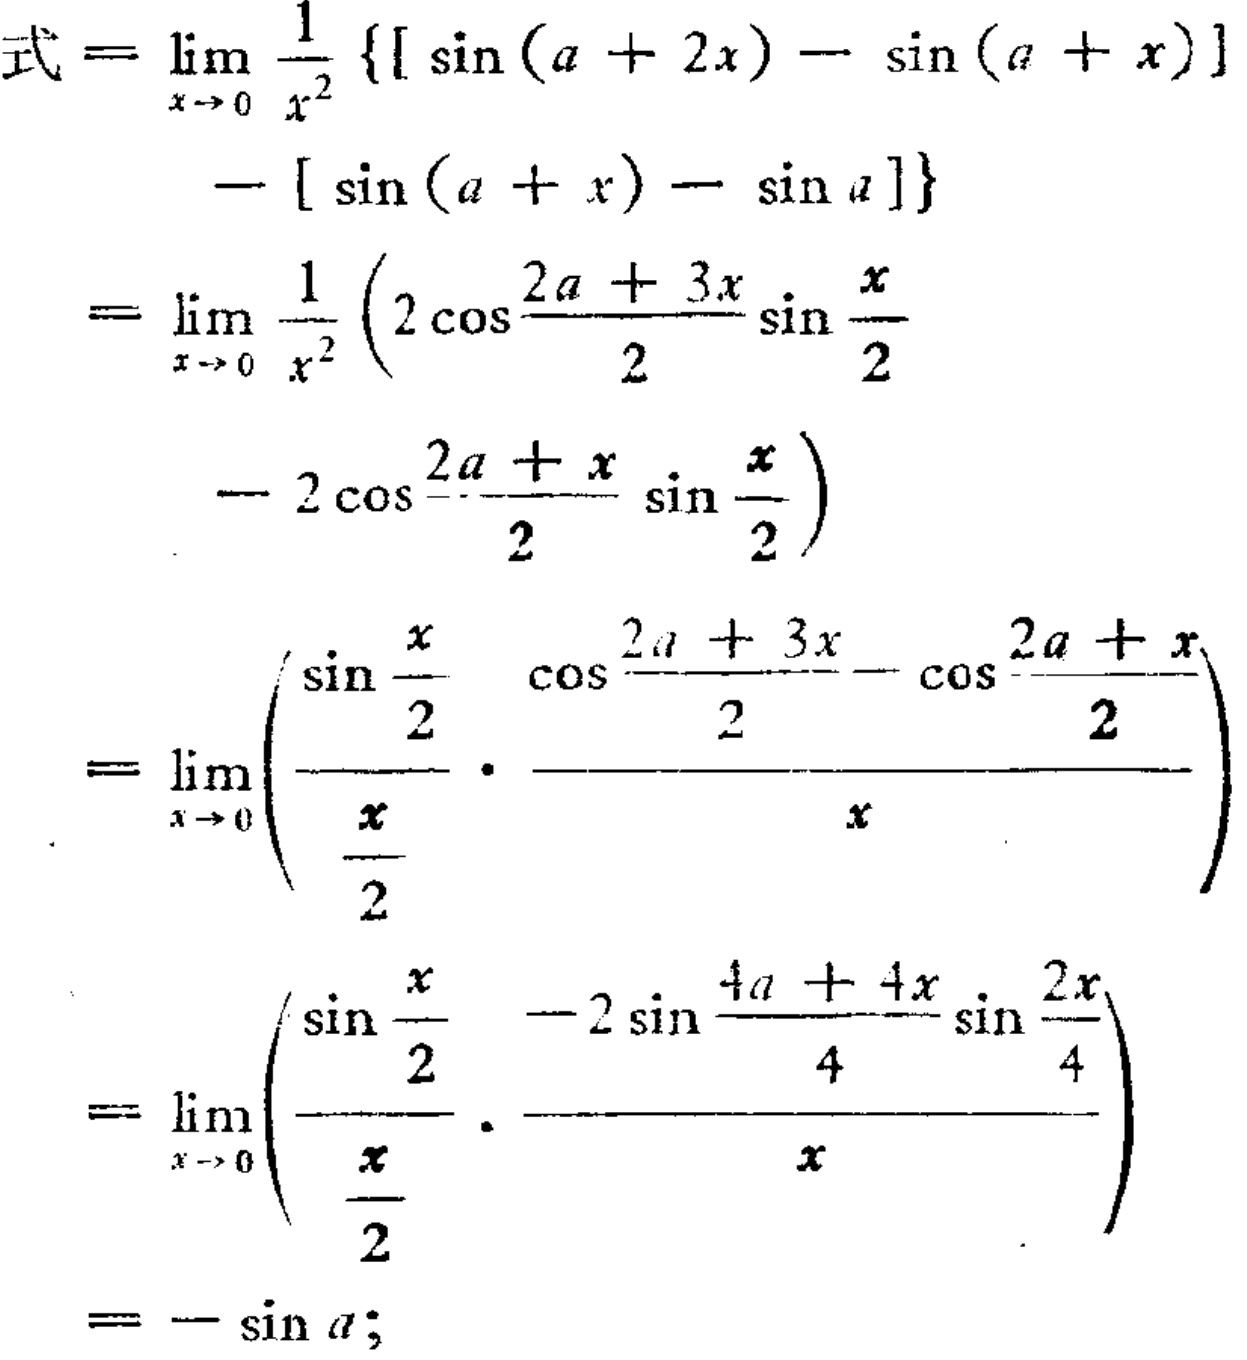
\[
\begin{align*}
\text{式}&=\lim_{x \to 0} \frac{1}{x^{2}} \{[\sin(a + 2x)-\sin(a + x)]\\
&\quad-[\sin(a + x)-\sin a]\}\\
&=\lim_{x \to 0} \frac{1}{x^{2}} \left(2\cos\frac{2a + 3x}{2}\sin\frac{x}{2}\right.\\
&\quad\left.-2\cos\frac{2a + x}{2}\sin\frac{x}{2}\right)\\
&=\lim_{x \to 0} \left(\frac{\sin\frac{x}{2}}{\frac{x}{2}}\cdot\frac{\cos\frac{2a + 3x}{2}-\cos\frac{2a + x}{2}}{x}\right)\\
&=\lim_{x \to 0} \left(\frac{\sin\frac{x}{2}}{\frac{x}{2}}\cdot\frac{-2\sin\frac{4a + 4x}{4}\sin\frac{2x}{4}}{x}\right)\\
&=-\sin a;
\end{align*}
\]